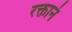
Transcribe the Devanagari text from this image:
रक्तानं